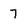
Character: 7